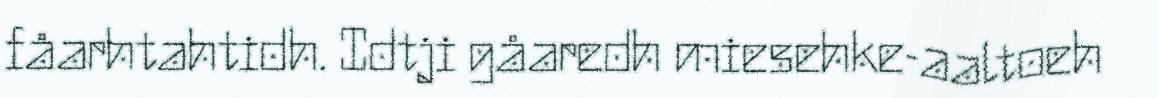
fåarhtahtidh. Idtji gåaredh miesehke-aaltoeh